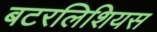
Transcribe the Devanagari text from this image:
बटरलिशियस